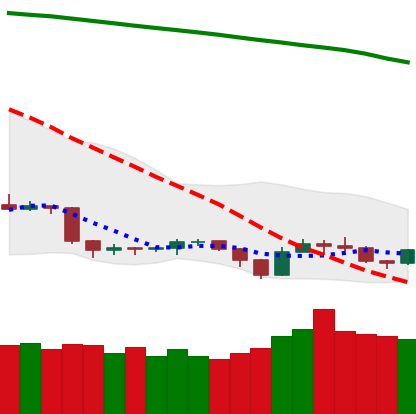
Ticker: TRX-USD
Chart end date: 2019-09-13
Forward return: 16.119%
Label: up_7plus